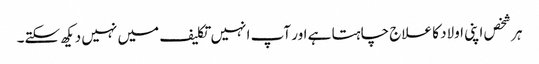
ہر شخص اپنی اولاد کا علاج چاہتا ہے اور آپ انہیں تکلیف میں نہیں دیکھ سکتے۔